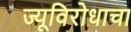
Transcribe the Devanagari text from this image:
ज्यूविरोधाचा